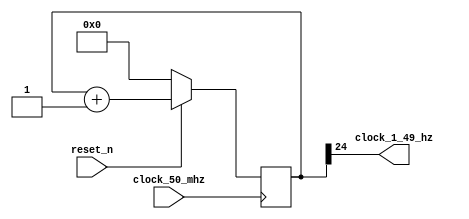
module clock_divider_50_mhz_to_1_49_hz
(
    input  clock_50_mhz,
    input  reset_n,
    output clock_1_49_hz
);

    // 50 mhz / 2 ** 25 = 1.49 hz

    reg [24:0] counter;

    always @ (posedge clock_50_mhz)
    begin
        if (! reset_n)
            counter <= 0;
        else
            counter <= counter + 1;
    end

    assign clock_1_49_hz = counter [24];

endmodule

//--------------------------------------------------------------------

module shift_register_with_enable
(
    input            clock,
    input            reset_n,
    input            in,
    input            enable,
    output           out,
    output reg [9:0] data
);

    always @ (posedge clock or negedge reset_n)
    begin
        if (! reset_n)
            data <= 10'b10_0000_0000;
        else if (enable)
            data <= { in, data [9:1] };
    end
    
    assign out = data [0];

endmodule

//--------------------------------------------------------------------

module single_digit_display
(
    input      [3:0] digit,
    output reg [6:0] seven_segments
);

    always @*
        case (digit)
        'h0: seven_segments = 'b1000000;  // a b c d e f g
        'h1: seven_segments = 'b1111001;
        'h2: seven_segments = 'b0100100;  //   --a--
        'h3: seven_segments = 'b0110000;  //  |     |
        'h4: seven_segments = 'b0011001;  //  f     b
        'h5: seven_segments = 'b0010010;  //  |     |
        'h6: seven_segments = 'b0000010;  //   --g--
        'h7: seven_segments = 'b1111000;  //  |     |
        'h8: seven_segments = 'b0000000;  //  e     c
        'h9: seven_segments = 'b0011000;  //  |     |
        'ha: seven_segments = 'b0001000;  //   --d-- 
        'hb: seven_segments = 'b0000011;
        'hc: seven_segments = 'b1000110;
        'hd: seven_segments = 'b0100001;
        'he: seven_segments = 'b0000110;
        'hf: seven_segments = 'b0001110;
        endcase

endmodule

//--------------------------------------------------------------------

// smiling snail fsm derived from david harris & sarah harris

module pattern_fsm_moore
(
    input  clock,
    input  reset_n,
    input  a,
    output y
);

    parameter [1:0] s0 = 0, s1 = 1, s2 = 2;

    reg [1:0] state, next_state;

    // state register

    always @ (posedge clock or negedge reset_n)
        if (! reset_n)
            state <= s0;
        else
            state <= next_state;

    // next state logic

    always @*
        case (state)

        s0:
            if (a)
                next_state = s0;
            else
                next_state = s1;

        s1:
            if (a)
                next_state = s2;
            else
                next_state = s1;

        s2:
            if (a)
                next_state = s0;
            else
                next_state = s1;

        default:

            next_state = s0;

        endcase

    // output logic

    assign y = (state == s2);

endmodule


//--------------------------------------------------------------------

module top
(
    input        clock,
    input        reset_n,
    input  [3:0] key,
    input  [9:0] sw,
    output [9:0] led,
    output [6:0] hex0,
    output [6:0] hex1,
    output [6:0] hex2,
    output [6:0] hex3,
    output [6:0] hex4,
    output [6:0] hex5
);
                 
    wire slow_clock, shift_out, fsm_out;

    clock_divider_50_mhz_to_1_49_hz clock_divider_50_mhz_to_1_49_hz
    (
        .clock_50_mhz  ( clock      ),
        .reset_n       ( reset_n    ),
        .clock_1_49_hz ( slow_clock )
    );

    shift_register_with_enable shift_register_with_enable
    (
        .clock   (   slow_clock ),
        .reset_n (   reset_n    ),
        .in      ( ~ key [1]    ),
        .enable  (   key [0]    ),
        .out     (   shift_out  ),
        .data    (   led        )
    );           

    single_digit_display digit_0
    (
        .digit          ( led [3:0] ),
        .seven_segments ( hex0 )
    );

    single_digit_display digit_1
    (
        .digit          ( led [7:4] ),
        .seven_segments ( hex1 )
    );

    single_digit_display digit_2
    (
        .digit          ( { 2'b0 , led [9:8] } ),
        .seven_segments ( hex2 )
    );

    pattern_fsm_moore pattern_fsm_moore
    (
        .clock   ( slow_clock ),
        .reset_n ( reset_n    ),
        .a       ( shift_out  ),
        .y       ( fsm_out    )
    );

    assign hex3 = 7'h7f;
    assign hex4 = 7'h7f;
    assign hex5 = fsm_out ? 7'h40 : 7'h7f;

endmodule